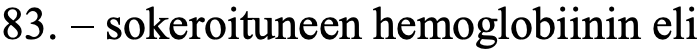
83. – sokeroituneen hemoglobiinin eli